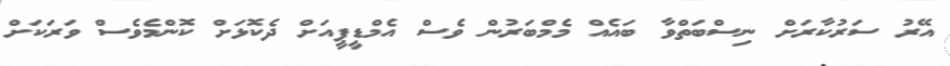
އޭރު ސަރުކާރަށް ނިސްބަތްވާ ބައެއް މެމްބަރުން ވެސް އެމްޑީޕީއަށް ދެކޮޅަށް ކޮންމެވެސް ވަރަކަށް